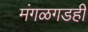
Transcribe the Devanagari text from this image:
मंगळगडही